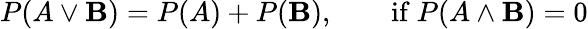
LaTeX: P(A\lor\mathbf{B})=P(A)+P(\mathbf{B}),\qquad{\mathrm{{if~}}}P(A\land\mathbf{B})=0